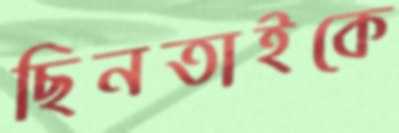
ছিনতাইকে